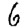
Digit: 6